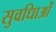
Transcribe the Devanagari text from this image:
सुवधिाओं